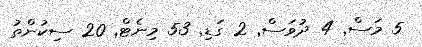
5 މަސް